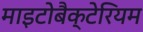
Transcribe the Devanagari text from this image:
माइटोबैक्टेरियम